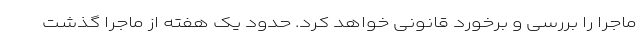
ماجرا را بررسی و برخورد قانونی خواهد کرد. حدود یک هفته از ماجرا گذشت